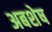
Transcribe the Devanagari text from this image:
अबशेष